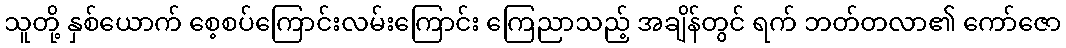
သူတို့ နှစ်ယောက် စေ့စပ်ကြောင်းလမ်းကြောင်း ကြေညာသည့် အချိန်တွင် ရက် ဘတ်တလာ၏ ကော်ဇော